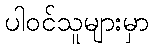
ပါဝင်သူများမှာ